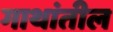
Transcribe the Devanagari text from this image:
गाथांतील